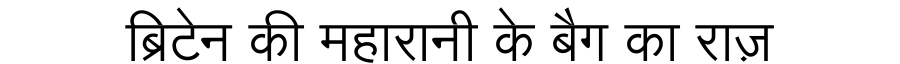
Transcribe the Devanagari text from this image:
ब्रिटेन की महारानी के बैग का राज़